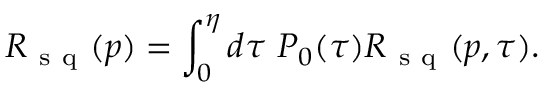
R _ { \mathrm { ~ s ~ q ~ } } ( p ) = \int _ { 0 } ^ { \eta } d \tau ~ P _ { 0 } ( \tau ) R _ { \mathrm { ~ s ~ q ~ } } ( p , \tau ) .